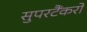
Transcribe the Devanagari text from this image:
सुपरटैंकरों